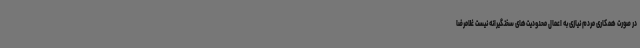
در صورت همکاری مردم نیازی به اعمال محدودیت‌های سختگیرانه نیست غلامرضا